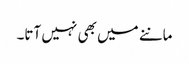
ماننے میں بھی نہیں آتا۔